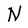
Character: N